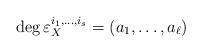
LaTeX: \begin{align*}\deg\varepsilon_X^{i_1,\dots,i_s}=(a_1,\dots,a_\ell)\end{align*}